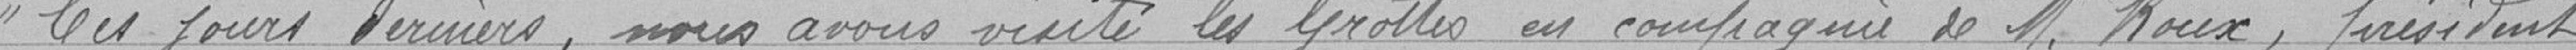
" Ces jours derniers, nous avons visité les Grottes en compagnie de M. Roux, président